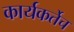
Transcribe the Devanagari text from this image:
कार्यकर्तेच